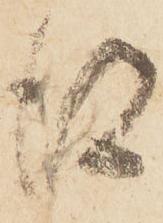
得